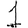
Digit: 1